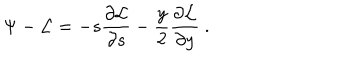
LaTeX: \Psi - { \cal L } = - s { \frac { \partial { \cal L } } { \partial s } } - { \frac { y } { 2 } } { \frac { \partial { \cal L } } { \partial y } } \ .